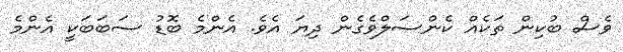
ވެސް ބުކިން ތަކެއް ކެންސަލްވެގެން ދިޔަ އެވެ. އެންމެ ބޮޑު ސަބަބަކީ އެންމެ